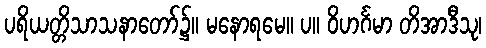
ပရိယတ္တိသာသနာတော်၌။ မနောရမေ။ ပ။ ဝိဟင်္ဂမာ တိအာဒီသု၊